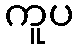
ကူပ